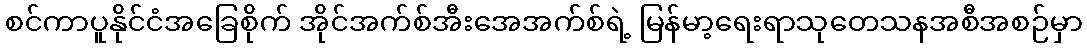
စင်ကာပူနိုင်ငံအခြေစိုက် အိုင်အက်စ်အီးအေအက်စ်ရဲ့ မြန်မာ့ရေးရာသုတေသနအစီအစဉ်မှာ